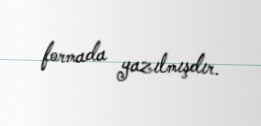
formada yazılmışdır.